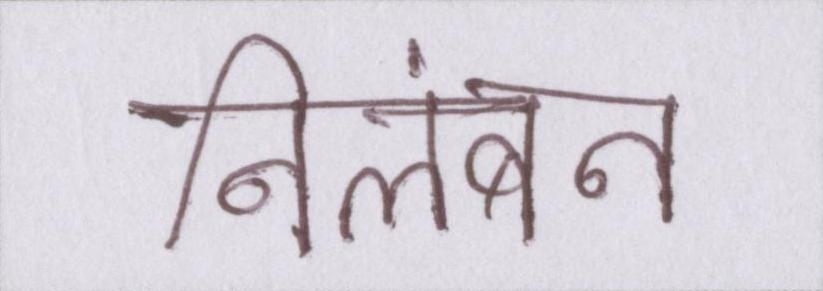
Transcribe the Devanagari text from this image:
निलंबन